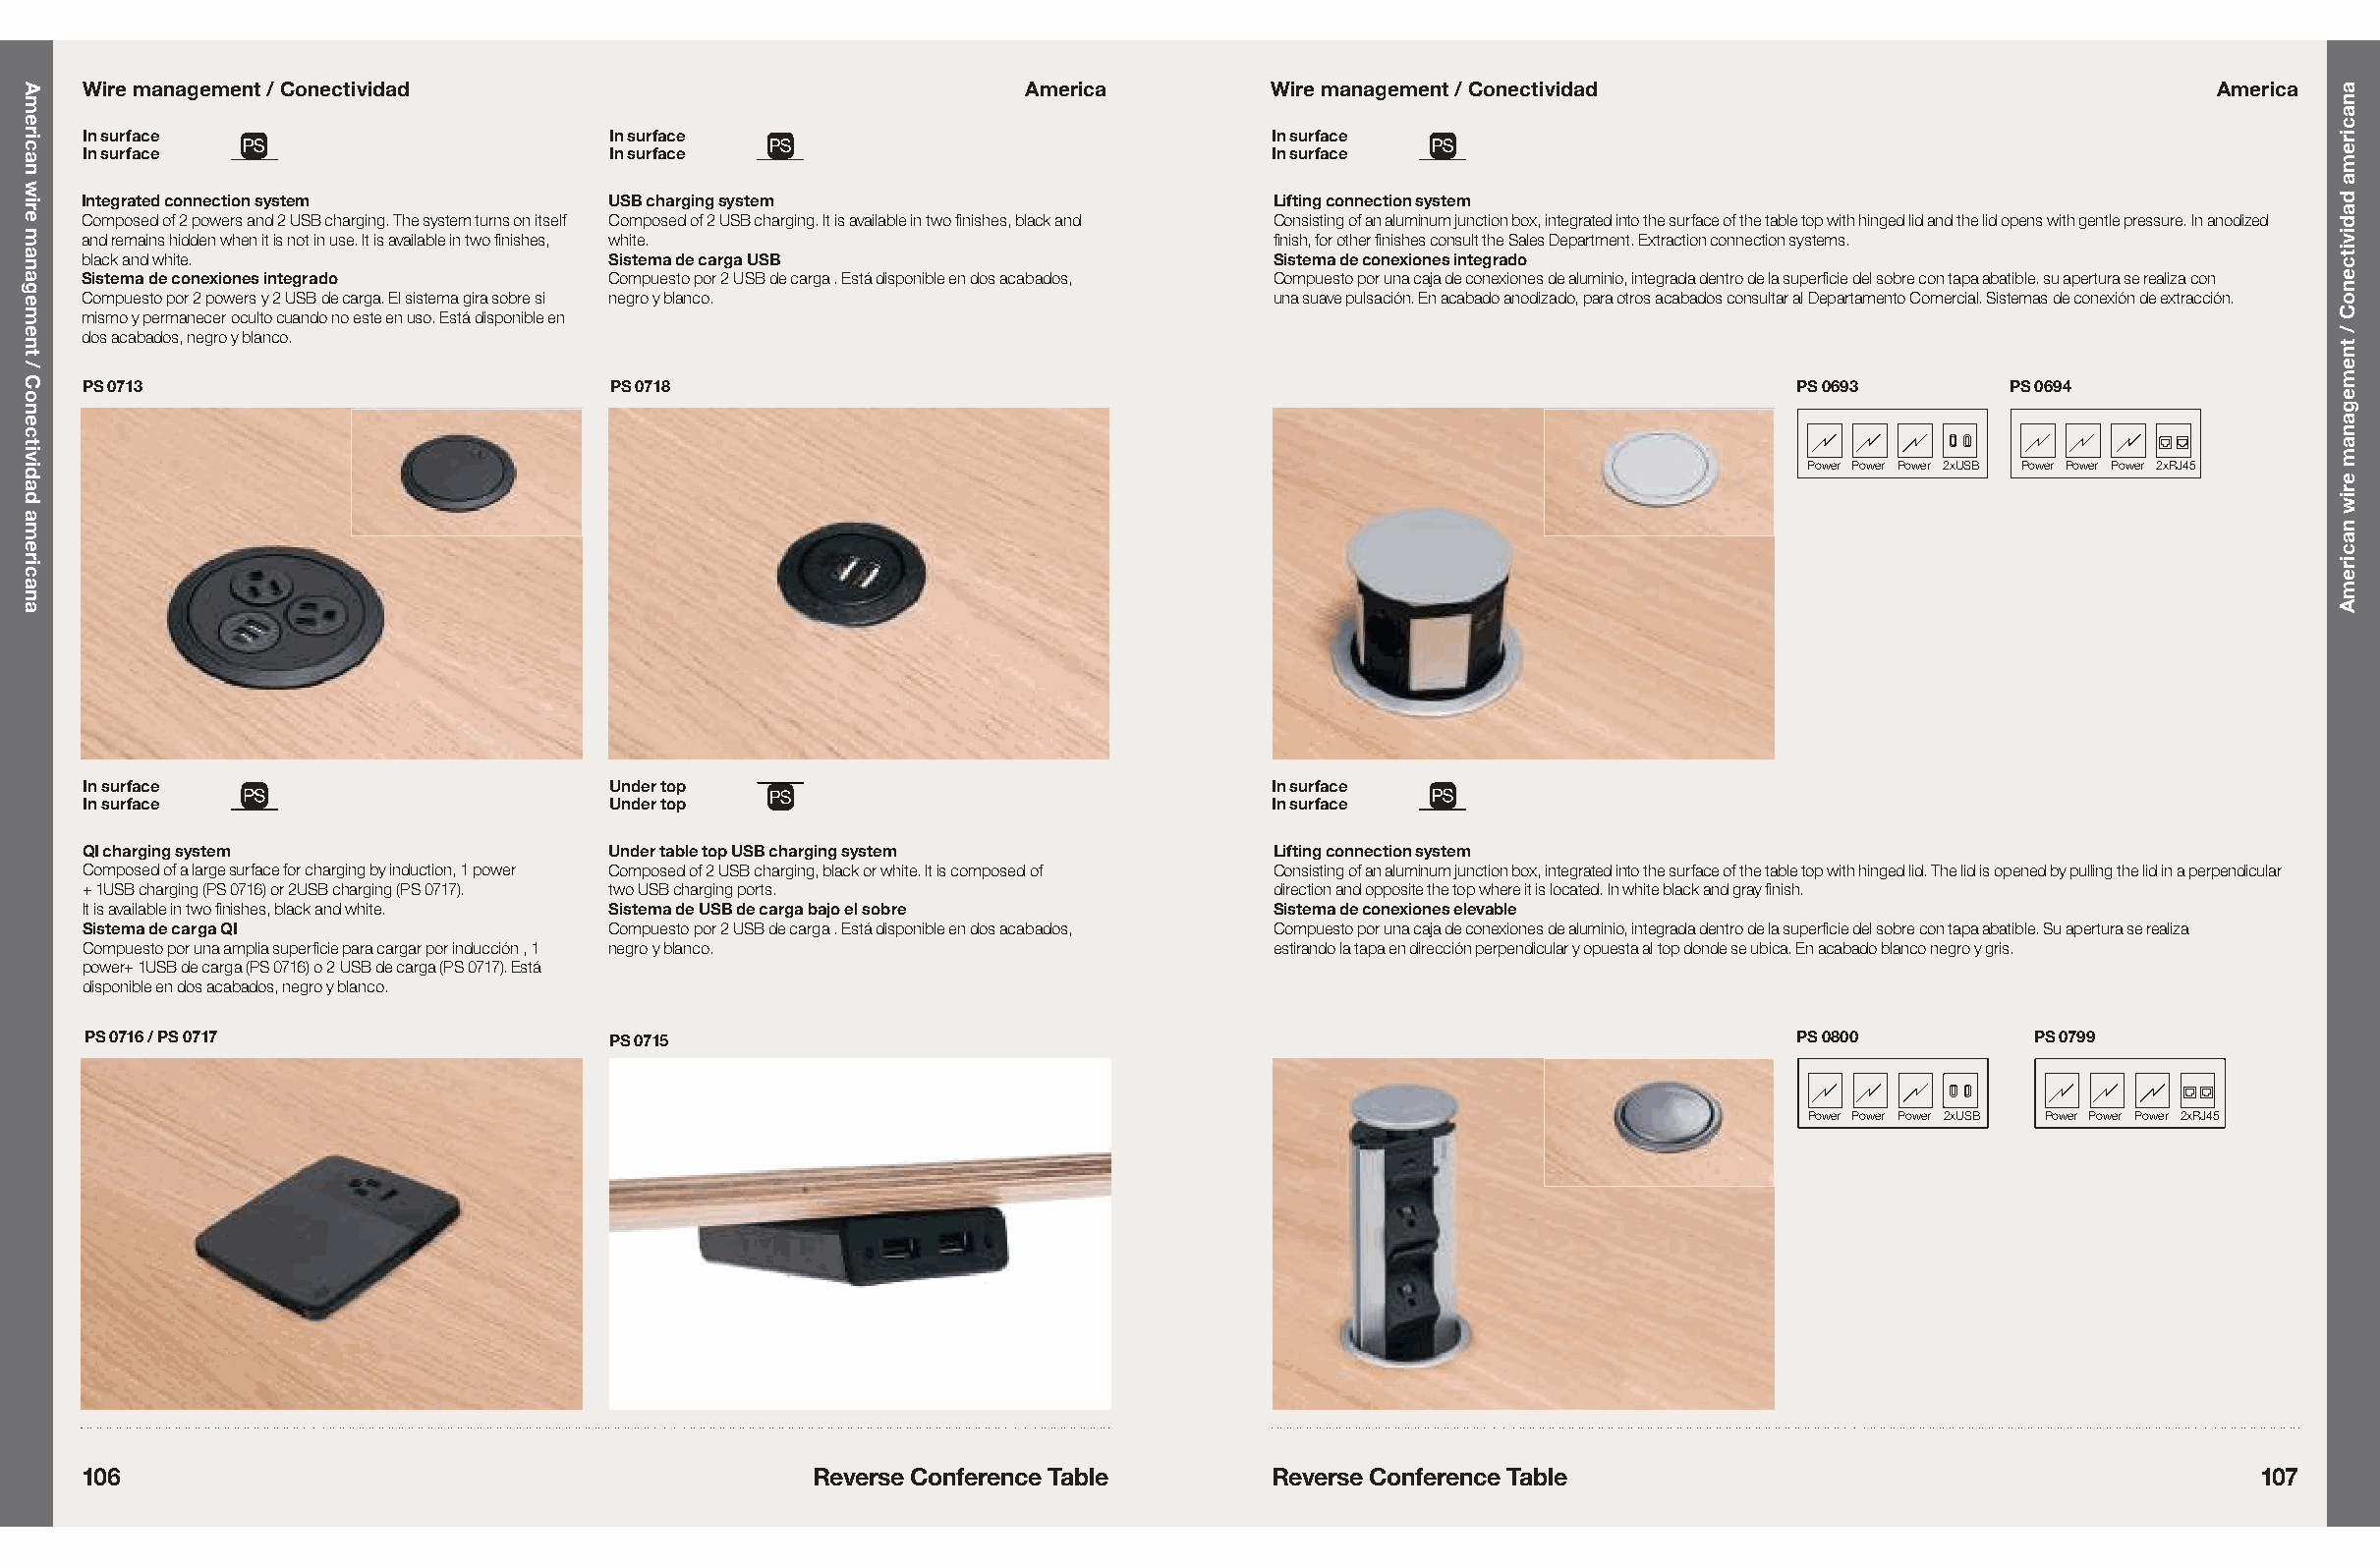
Wire management / Conectividad                                 America          Wire management / Conectividad                                 America
 In surface                         In surface                                   In surface
 In surface                         In surface                                   In surface
 Integrated connection system        USB charging system                          Lifting connection system
 Composed of 2 powers and 2 USB charging. The system turns on itself Composed of 2 USB charging. It is available in two finishes, black and Consisting of an aluminum junction box, integrated into the surface of the table top with hinged lid and the lid opens with gentle pressure. In anodized
 and remains hidden when it is not in use. It is available in two finishes, white. finish, for other finishes consult the Sales Department. Extraction connection systems.
 black and white.                    Sistema de carga USB                         Sistema de conexiones integrado
 Sistema de conexiones integrado     Compuesto por 2 USB de carga . Está disponible en dos acabados, Compuesto por una caja de conexiones de aluminio, integrada dentro de la superficie del sobre con tapa abatible. su apertura se realiza con
 Compuesto por 2 powers y 2 USB de carga. El sistema gira sobre si negro y blanco. una suave pulsación. En acabado anodizado, para otros acabados consultar al Departamento Comercial. Sistemas de conexión de extracción.
 mismo y permanecer oculto cuando no este en uso. Está disponible en
 dos acabados, negro y blanco.
 PS 0713                            PS 0718                                                                         PS 0693       PS 0694
 Power Power Power 2xUSB Power Power Power 2xRJ45
 In surface                         Under top                                    In surface
 In surface                         Under top                                    In surface
 QI charging system                 Under table top USB charging system          Lifting connection system
 Composed of a large surface for charging by induction, 1 power Composed of 2 USB charging, black or white. It is composed of Consisting of an aluminum junction box, integrated into the surface of the table top with hinged lid. The lid is opened by pulling the lid in a perpendicular
 + 1USB charging (PS 0716) or 2USB charging (PS 0717). two USB charging ports.   direction and opposite the top where it is located. In white black and gray finish.
 It is available in two finishes, black and white. Sistema de USB de carga bajo el sobre Sistema de conexiones elevable
 Sistema de carga QI                Compuesto por 2 USB de carga . Está disponible en dos acabados, Compuesto por una caja de conexiones de aluminio, integrada dentro de la superficie del sobre con tapa abatible. Su apertura se realiza
 Compuesto por una amplia superficie para cargar por inducción , 1 negro y blanco. estirando la tapa en dirección perpendicular y opuesta al top donde se ubica. En acabado blanco negro y gris.
 power+ 1USB de carga (PS 0716) o 2 USB de carga (PS 0717). Está
 disponible en dos acabados, negro y blanco.
 PS 0716 / PS 0717                  PS 0715                                                                         PS 0800         PS 0799
 Power Power Power 2xUSB Power Power Power 2xRJ45
 106                                               Reverse Conference Table       Reverse Conference Table                                          107
 American
 wire
 management
 /
 Conectividad
 americana
 anacirema
 dadivitcenoC
 /
 tnemeganam
 eriw
 naciremA